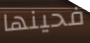
فحينها